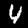
Digit: 4